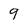
Character: 9